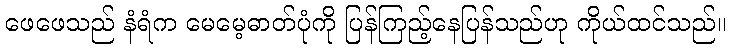
ဖေဖေသည် နံရံက မေမေ့ဓာတ်ပုံကို ပြန်ကြည့်နေပြန်သည်ဟု ကိုယ်ထင်သည်။